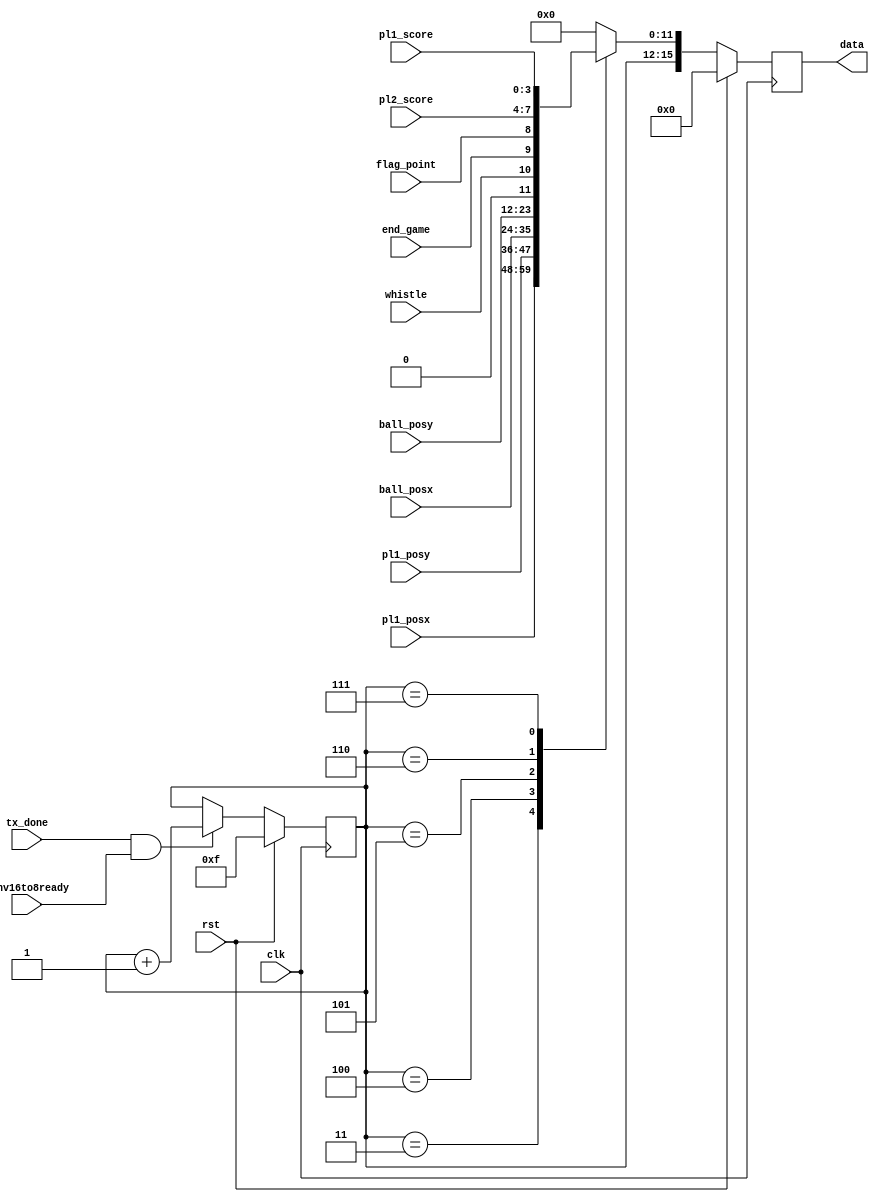
/*--------------------------------------*/
/*      AUTHOR - Stanislaw Klat         */
/*--------------------------------------*/

module uart_mux (
    input wire clk,
    input wire rst,
    input wire tx_done,
    input wire [11:0] pl1_posx,
    input wire [11:0] pl1_posy,
    input wire [11:0] ball_posx,
    input wire [11:0] ball_posy,
    input wire [3:0] pl1_score,
    input wire [3:0] pl2_score,
    input wire flag_point,
    input wire end_game,
    output reg [15:0] data,
    input wire whistle,
    input wire conv16to8ready
  );

  localparam  PL1_POSX = 4'h3,
              PL1_POSY = 4'h4,
              BALL_POSX = 4'h5,
              BALL_POSY = 4'h6,
              MATCH_CTRL = 4'h7;

  reg [3:0] sel, sel_nxt;

  always @(posedge clk)
  begin
    if(rst)
    begin
      sel <= 4'hF;
    end
    else
    begin
      sel <= sel_nxt;
    end
  end

  always @*
  begin
    sel_nxt = (tx_done & conv16to8ready) ? sel + 1 : sel;
  end
  reg [15:0] data_nxt;

  always @(posedge clk)
  begin
    if(rst)
    begin
      data <= 0;
    end
    else
    begin
      data <= data_nxt;
    end
  end

  always @*
  begin
    case(sel)
      PL1_POSX:
        data_nxt = {sel,pl1_posx};
      PL1_POSY:
        data_nxt = {sel,pl1_posy};
      BALL_POSX:
        data_nxt = {sel,ball_posx};
      BALL_POSY:
        data_nxt = {sel,ball_posy};
      MATCH_CTRL:
        data_nxt = {sel,1'b0,whistle,end_game,flag_point,pl2_score,pl1_score};
      default:
        data_nxt = {sel, 12'b0};
    endcase
  end

endmodule